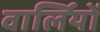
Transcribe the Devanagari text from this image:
वार्लियों